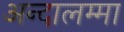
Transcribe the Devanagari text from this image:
अन्दालम्मा